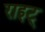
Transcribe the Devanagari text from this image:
राइट्‍